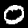
Label: 0